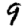
Digit: 9